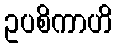
ဥပစိကာဟိ